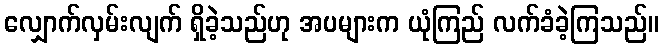
လျှောက်လှမ်းလျက် ရှိခဲ့သည်ဟု အပများက ယုံကြည် လက်ခံခဲ့ကြသည်။